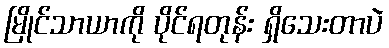
မြိုင်သာယာကို ပိုင်ရတုန်း ရှိသေးတာပဲ